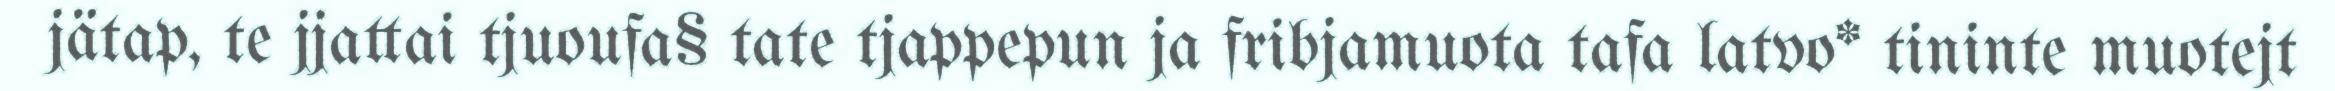
jätap, te jjattai tjuoufa§ tate tjappepun ja fribjamuota tafa latvo* tininte muotejt